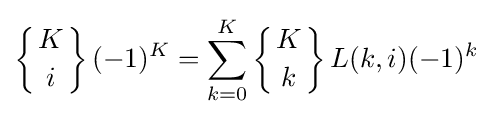
\left\{{K \atop i}\right\}(-1)^{K}=\sum _{k=0}^{K}\left\{{K \atop k}\right\}L(k,i)(-1)^{k}